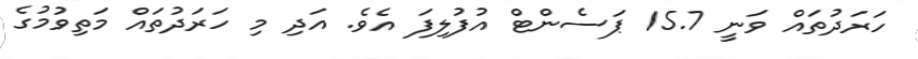
ހަރަދުތައް ވަނީ 15.7 ޕަސެންޓް އުފުލިފަ އެވެ. އަދި މި ހަރަދުތައް މަތިވުމުގެ